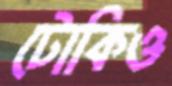
টোকিও